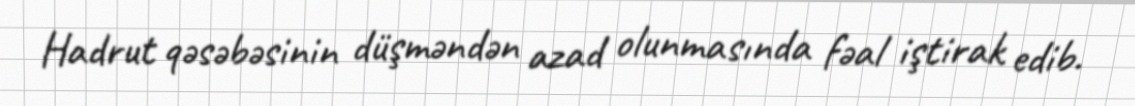
Hadrut qəsəbəsinin düşməndən azad olunmasında fəal iştirak edib.